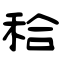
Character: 秴